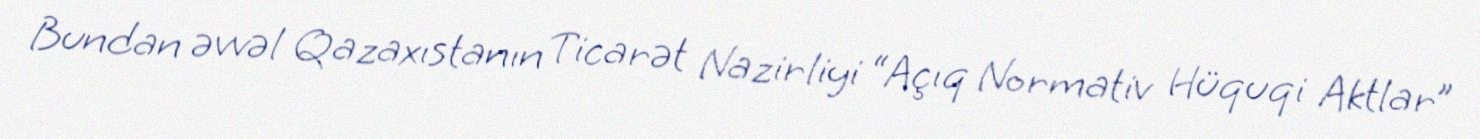
Bundan əvvəl Qazaxıstanın Ticarət Nazirliyi “Açıq Normativ Hüquqi Aktlar”